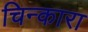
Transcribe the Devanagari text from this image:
चिन्कारा